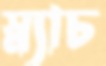
স্ন্যাচ